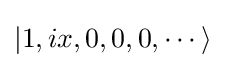
|1,ix,0,0,0,\cdots \rangle